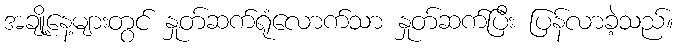
အချို့နေ့များတွင် နှုတ်ဆက်ရုံလောက်သာ နှုတ်ဆက်ပြီး ပြန်လာခဲ့သည်။